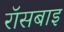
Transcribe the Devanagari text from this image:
रॉसबाइ